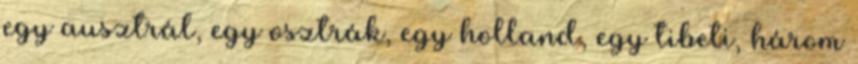
egy ausztrál, egy osztrák, egy holland, egy tibeti, három